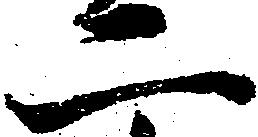
二